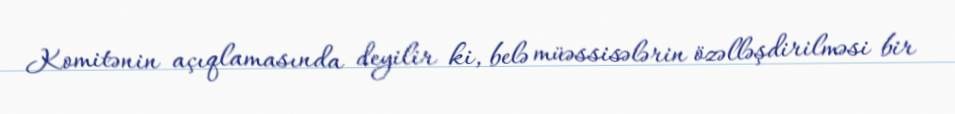
Komitənin açıqlamasında deyilir ki, belə müəssisələrin özəlləşdirilməsi bir